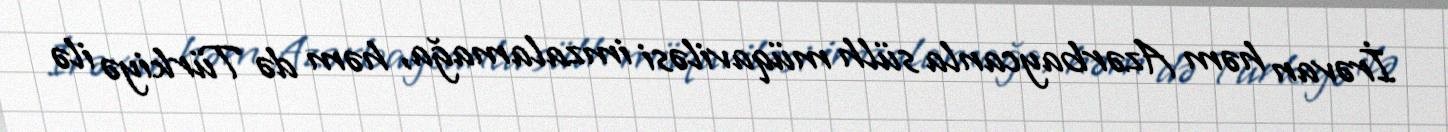
İrəvan həm Azərbaycanla sülh müqaviləsi imzalamağa, həm də Türkiyə ilə